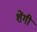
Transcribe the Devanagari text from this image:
शेंगी